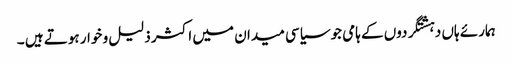
ہمارئے ہاں دہشتگردوں کے ہامی جوسیاسی میدان میں اکثر ذلیل و خوار ہوتے ہیں ۔